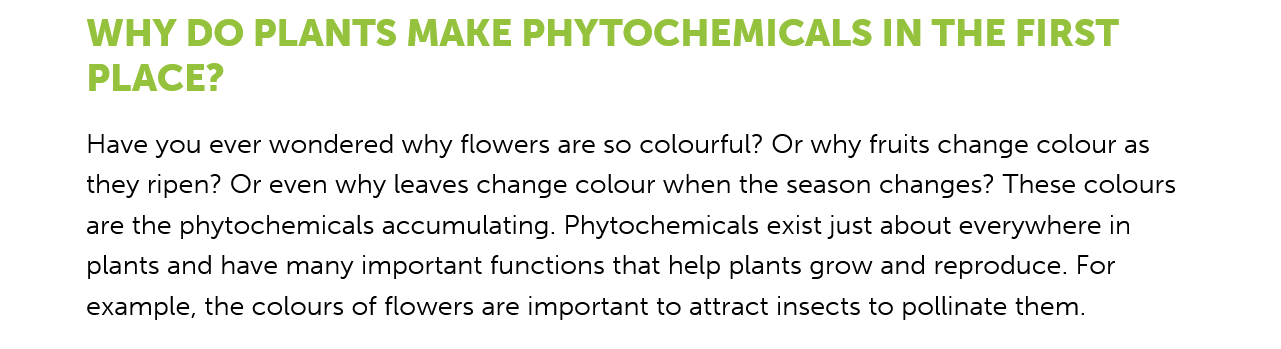
WHY DO    PLANTS    MAKE    PHYTOCHEMICALS    IN    THE   FIRST
     PLACE?
     Have you ever wondered why flowers are so colourful? Or why fruits change colour as
     they ripen? Or even why leaves change colour when the season changes? These colours
     are the phytochemicals accumulating. Phytochemicals exist just about everywhere in
     plants and have many important functions that help plants grow and reproduce. For
     example, the colours of flowers are important to attract insects to pollinate them.